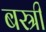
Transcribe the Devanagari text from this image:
बस्री